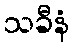
သခီနံ